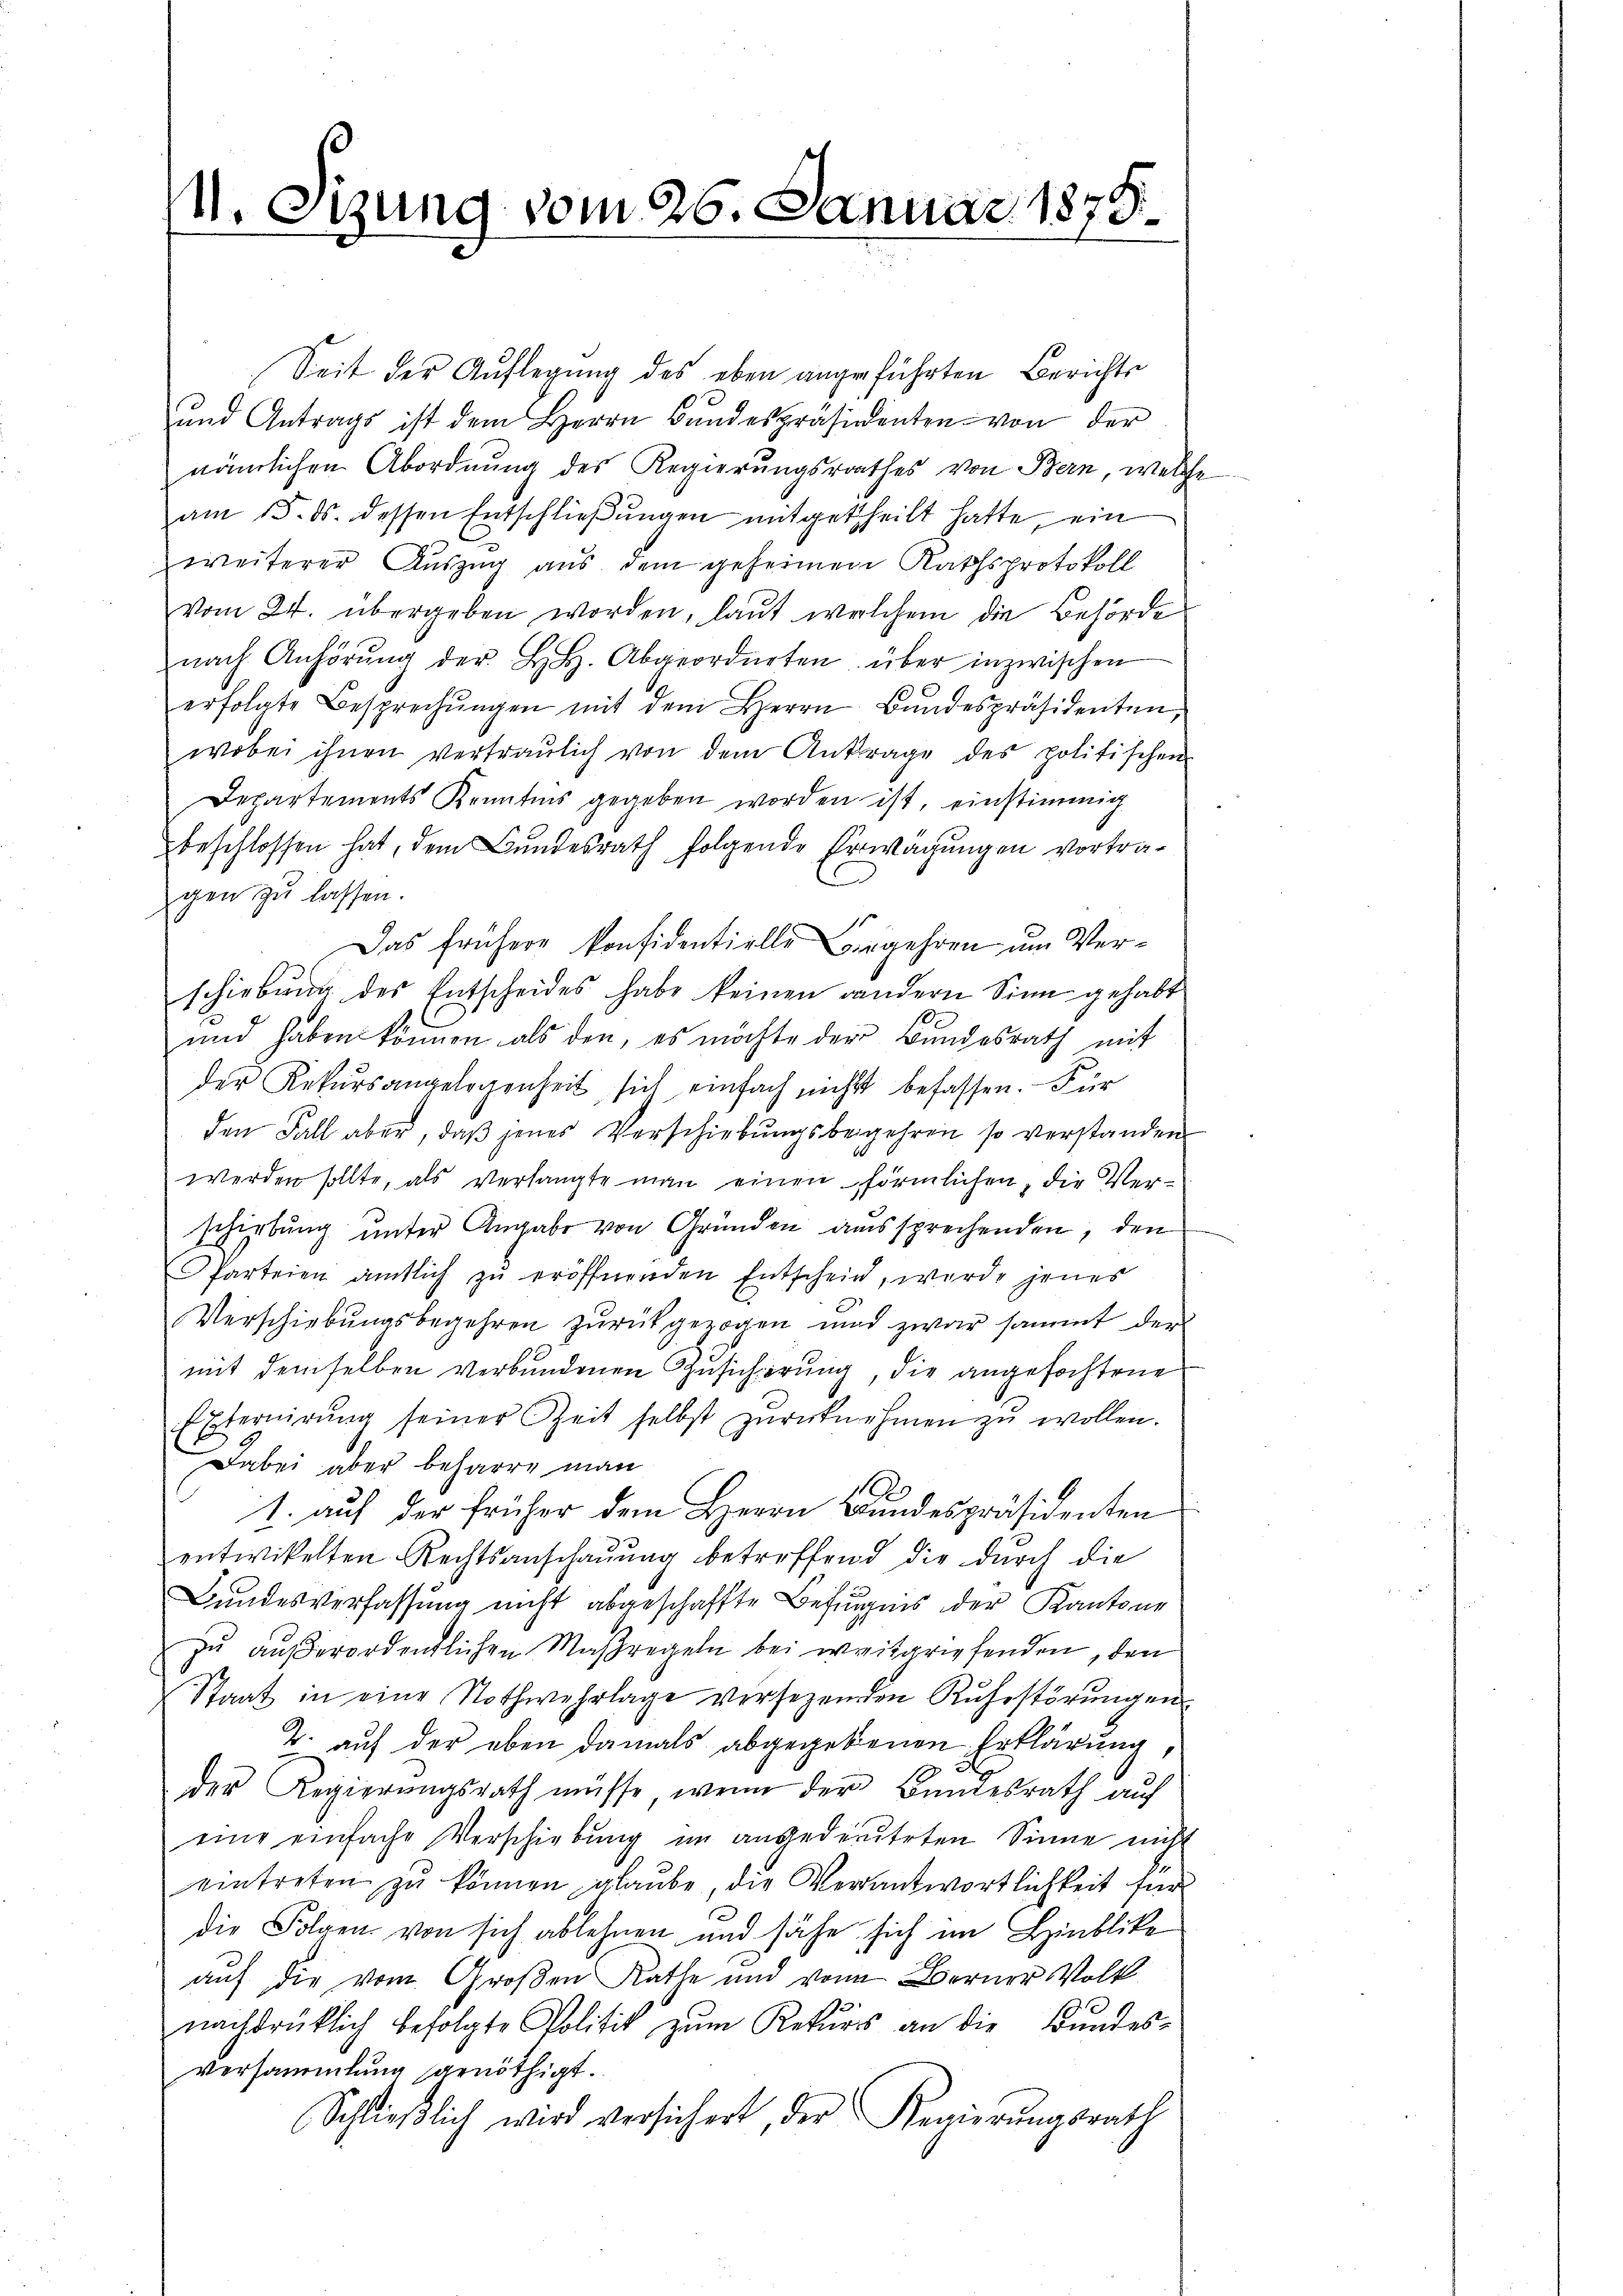
1. Sizung vom 26. Januar 1875.

Seit der Auflegung des eben angeführten Berichts
ŭnd Antrags ist dem Herrn Bŭndespräsidenten von der
nämlichen Abordnung des Regierungsrathes von Bern, welche
am 15. ds. dessen Entschlieβŭngen mitgetheilt hatte, ein
weiterer Auszug aus dem geheimen Rathsprotokoll
vom 24. übergeben worden, laut welchem die Behörde
nach Anhörŭng der H. H. Abgeordneten über inzwischen
erfolgte Besprechŭngen mit dem Herrn Bŭndespräsidenten,
wobei ihnen vertraulich von dem Antrage des politischen
Departements Kenntnis gegeben worden ist, einstimmig
beschlossen hat, dem Bundesrath folgende Erwägungen vortra¬
6
gen zu lassen.
Das frühere konfidentielle Begehren um Verschiebung des Entscheides habe keinen andern Sinn gehabt
und haben können als den, es möchte der Bundesrath mit
der Rekŭrsangelegenheit sich einfach nicht befassen. Für
den Fall aber, daβ jenes Verschiebŭngsbegehren so verstanden
werden sollte, als Verhängte man einen förmlichen, die Verschiebung unter Angabe von Gründen aussprechenden, den
Parteien amtlich zu eröffnenden Entschein, wurde jenes
Verschiebungsbegehren zurückgezogen und zwar sammt der
mit demselben verbundenen Zusicherung, die angefochtene
Externirŭng seiner Zeit selbst zŭrücknehmen zŭ wollen.
Dabei aber beharre man
1. auf der früher dem Herrn Bundespräsidenten
entwickelten Rechtsanschaŭŭng betreffend die durch die
Bundesverfassung nicht abgeschaffte Befugnis der Kantone
zu außerordentlichen Maßregeln bei weitgriefenden, den
Staat in eine Nothwehrlage versezenden Ruhestörungen
2. auf der eben damals abgegebenen Erklärung
der Regierungsrath müsse, wenn der Bundesrath auf
eine einfache Verschiebung im angedeuteten Sinne nicht
eintreten zŭ können glaube, die Verantwortlichkeit für
die Folgen von sich ablehnen und sähe sich im Hinblicke
auf die vom Großen Rathe und von Berner Volk
nachdrüklich befolgte Politik zŭm Rekŭrs an die Bŭndes-
Versammlung genöthigt.
Schlieβlich wird versichert, der Regierŭngsrath